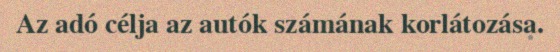
Az adó célja az autók számának korlátozása.